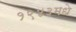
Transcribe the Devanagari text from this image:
१९४३मधे